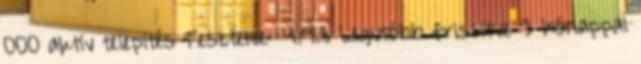
000 aktív telepítés Tesztelve: 4.9.8 Legutóbb frissítve 3 hónappal